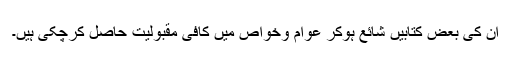
ان کی بعض کتابیں شائع ہوکر عوام وخواص میں کافی مقبولیت حاصل کرچکی ہیں۔